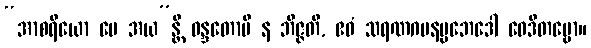
“အာစရိယော မေ အယ”န္တိ ဝန္ဒတောပိ န ဘိဇ္ဇတိ, ဧဝံ သရဏဂမနပ္ပဘေဒေါ ဝေဒိတဗ္ဗော။